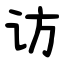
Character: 访